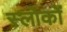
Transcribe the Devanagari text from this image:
स्लोकों